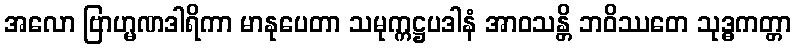
အလော ဗြာဟ္မဏဒါရိကာ မာနုပေတာ သမုက္ကဋ္ဌပဒါနံ အာဝသန္တိ ဘဝိဿတေ သုဒ္ဓကတ္တာ